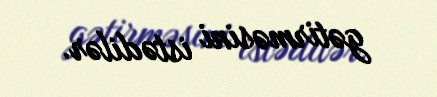
gətirməsini istədilər.